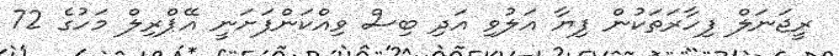
ރީޖަނަލް ފިހާރަތަކުން ފިޔާ އަލުވި އަދި ބިސް ވިއްކަންފަށަނީ އޭޕްރިލް މަހުގެ 72